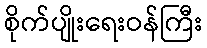
စိုက်ပျိုးရေးဝန်ကြီး